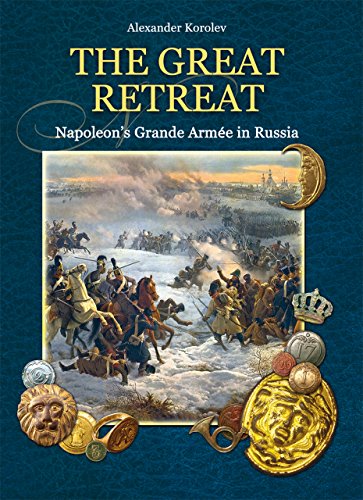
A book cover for The Great Retreat: Napoleon's Grande ArmÃ©e in Russia; Alexander Korolev; History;